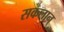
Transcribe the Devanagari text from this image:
सकलान्